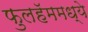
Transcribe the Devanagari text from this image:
फुलहॅममध्ये